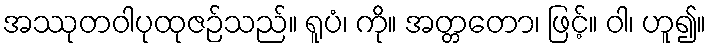
အဿုတဝါပုထုဇဉ်သည်။ ရူပံ၊ ကို။ အတ္တတော၊ ဖြင့်။ ဝါ၊ ဟူ၍။